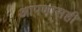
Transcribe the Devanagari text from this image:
आपणासही